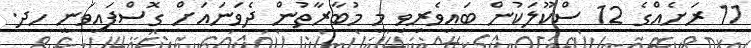
11 ރަށެއްގެ 12 ސްކޫލަކުން ބައިވެރިވި މި މުބާރާތުން ދެވަނައަށް ގޮސްފައިވަނީ ހދ.